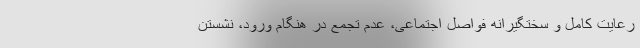
رعایت کامل و سختگیرانه فواصل اجتماعی، عدم تجمع در هنگام ورود، نشستن